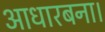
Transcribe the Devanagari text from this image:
आधारबना।